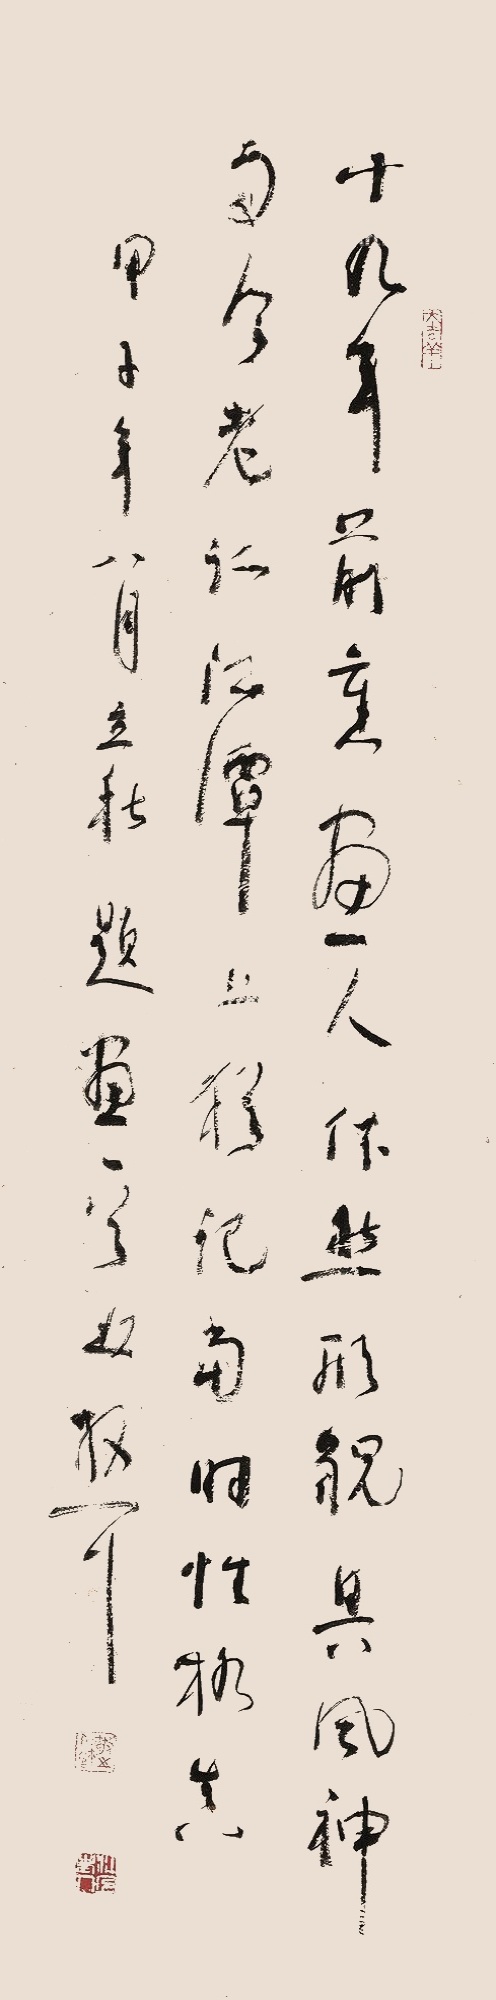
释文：十九年前旧画人，依旧形貌具风神。而今老泛江潭上，犹记当年性格真。甲子年八月立秋，《题画》一首，林散耳。